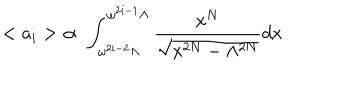
LaTeX: < a _ { i } > \; \propto \; \int _ { \omega ^ { 2 i - 2 } \Lambda } ^ { \omega ^ { 2 i - 1 } \Lambda } \frac { x ^ { N } } { \sqrt { x ^ { 2 N } - \Lambda ^ { 2 N } } } d x